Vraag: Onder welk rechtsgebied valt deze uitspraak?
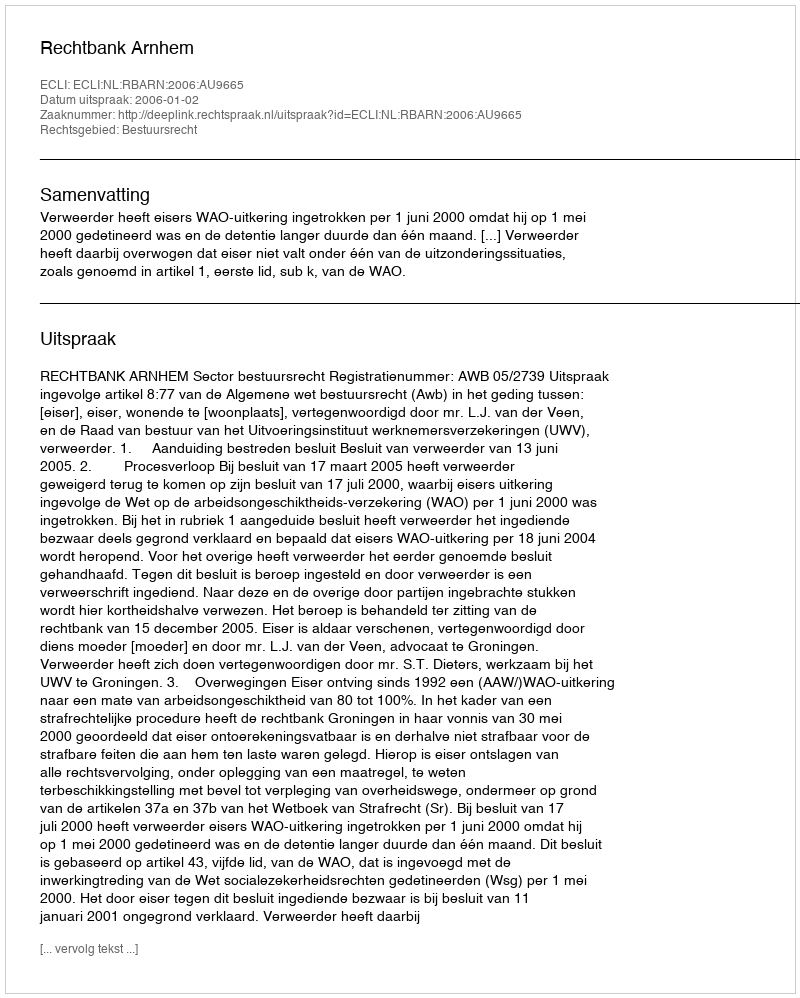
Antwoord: Bestuursrecht